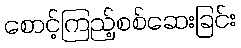
စောင့်ကြည့်စစ်ဆေးခြင်း